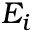
E _ { i }